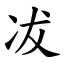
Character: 冹